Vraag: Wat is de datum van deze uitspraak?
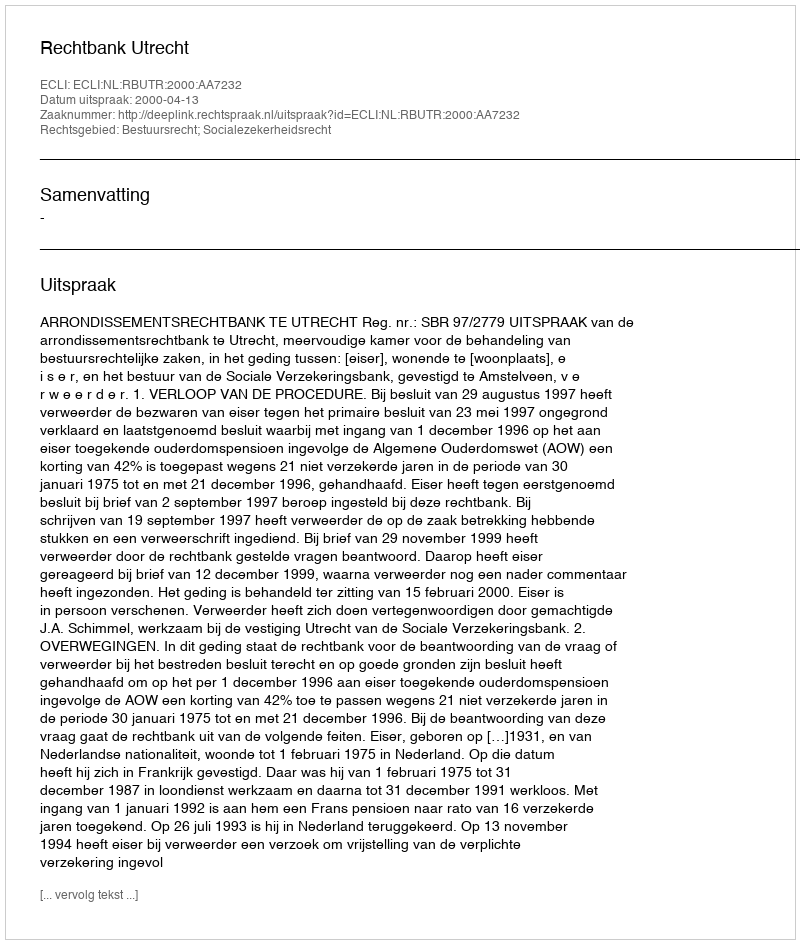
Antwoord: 2000-04-13